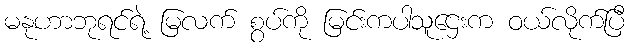
မနုဟာဘုရင်ရဲ့ မြလက် စွပ်ကို မြင်းကပါသူဌေးက ဝယ်လိုက်ပြီ